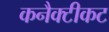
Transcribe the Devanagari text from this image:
कनैक्टीकट